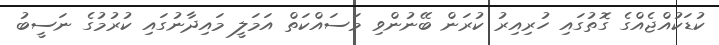
ކުޑަކުއްޖެއްގެ ގޮތުގައި ހުރިއިރު ކުރަން ބޭނުންވި މަސައްކަތް އަމަލީ މައިދާނުގައި ކުރުމުގެ ނަސީބު